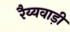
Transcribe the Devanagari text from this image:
रैय्यवाड़ी